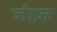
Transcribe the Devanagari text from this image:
जंहल